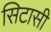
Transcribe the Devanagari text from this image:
सिटासी